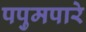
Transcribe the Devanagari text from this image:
पपुमपारे